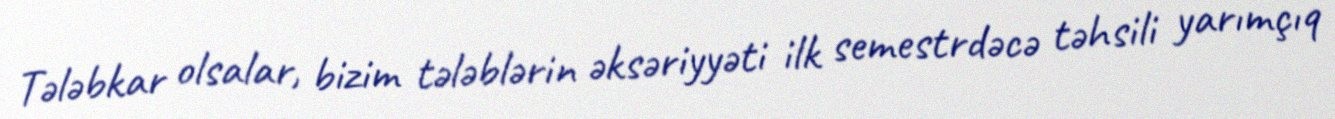
Tələbkar olsalar, bizim tələblərin əksəriyyəti ilk semestrdəcə təhsili yarımçıq